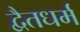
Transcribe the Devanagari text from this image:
द्वैतधर्म